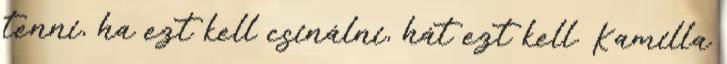
tenni, ha ezt kell csinálni, hát ezt kell. Kamilla